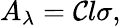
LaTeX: A_{\lambda}=\mathcal{C}l\sigma,